Leaving Certificate Examination, 1912
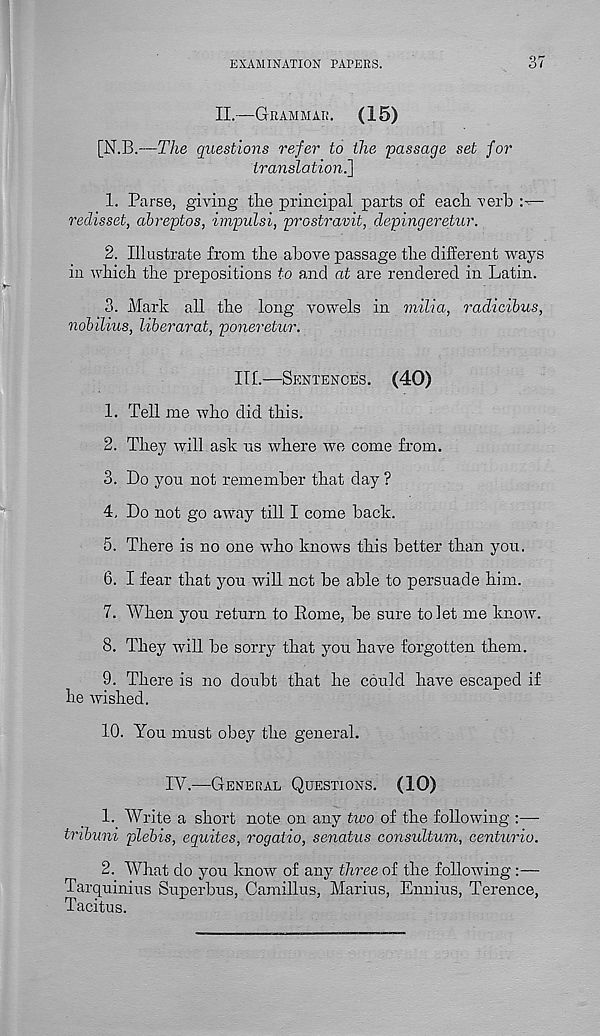
EXAMINATION PAPERS.
37
II.—Grammar.
(15)
[N.B.—The questions refer to the passage set for
translation.']
1. Parse, giving tlie principal parts of each verb
redisset, abreptos, impulsi, prostravit, depingeretur.
2. Illustrate from the above passage the different ways
in which the prepositions to and at are rendered in Latin.
3. Mark all the long vowels in milia, radicibus,
nobilius, liberarat, poneretur.
III.—Sentences. (40)
1. Tell me who did this.
2. They will ask ns where we come from.
3. Do yon not remember that day ?
4. Do not go away till I come back.
5. There is no one who knows this better than you.
6. I fear that yon will not be able to persuade him.
7. When you return to Rome, be sure to Jet me know.
8. They will be sorry that you have forgotten them.
9. There is no doubt that he could have escaped if
he wished.
10. You must obey the general.
IV.—General Questions. (10)
1. Write a short note on any two of the following :—
tnbuni plehis, equites, rogaiio, senatus consultum, centurio.
2. What do you Jcnow of any three of the following:—
Tarquinius Superbus, Camillus, Marius, Ennius, Terence,
Tacitus.